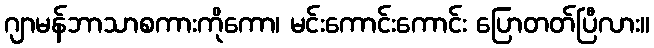
ဂျာမန်ဘာသာစကားကိုကော၊ မင်းကောင်းကောင်း ပြောတတ်ပြီလား။